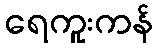
ရေကူးကန်